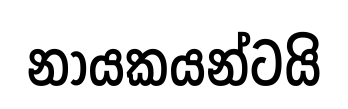
නායකයන්ටයි